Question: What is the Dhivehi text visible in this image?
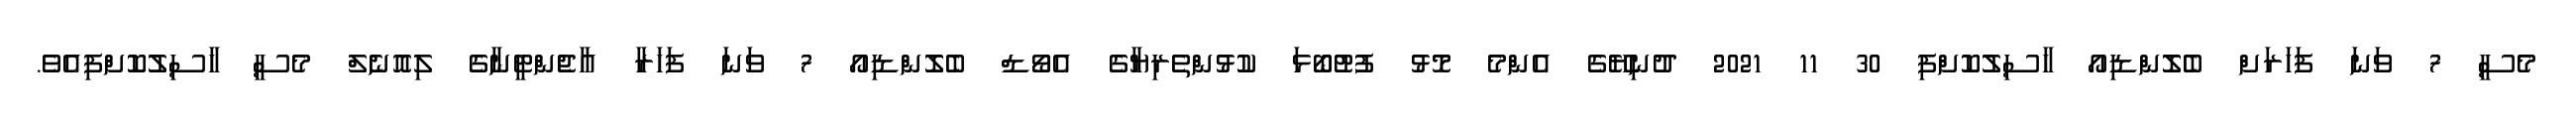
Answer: މެސީ 7 ވަނަ ފަހަރަށް ބެލޮންޑިއޯ ހާސިލުކޮށްފި 30 11 2021 ދުނިޔޭގެ އެންމެ މޮޅު ފުޓުބޯޅަ ކުޅުންތެރިޔާގެ އެވޯޑް ބެލޮންޑިއޯ 7 ވަނަ ފަހަރާ އާޖެންޓީނާގެ ލިއޮނެލް މެސީ ހާސިލުކޮށްފިއެވެ.